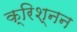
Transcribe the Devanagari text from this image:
क्रिश्नन